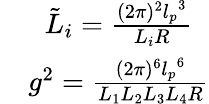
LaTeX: \begin{array}{rcl}{{}}&{{\tilde{L}_{i}=\frac{(2\pi)^{2}{l_{p}}^{3}}{L_{i}R}}}\\ {{}}&{{g^{2}=\frac{(2\pi)^{6}{l_{p}}^{6}}{L_{1}L_{2}L_{3}L_{4}R}}}\end{array}